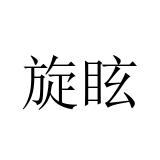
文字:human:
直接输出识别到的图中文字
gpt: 旋眩